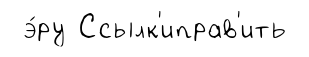
э́ру Ссылк'иправ'ить